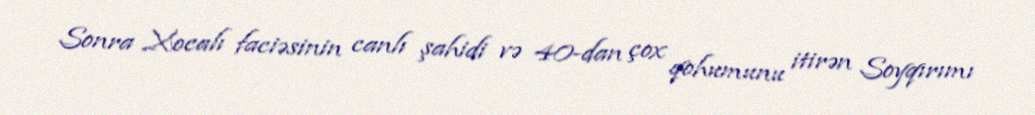
Sonra Xocalı faciəsinin canlı şahidi və 40-dan çox qohumunu itirən Soyqırımı